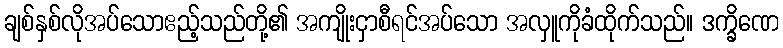
ချစ်နှစ်လိုအပ်သောဧည့်သည်တို့၏ အကျိုးငှာစီရင်အပ်သော အလှူကိုခံထိုက်သည်။ ဒက္ခိဏေ